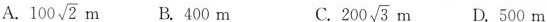
A.100 \sqrt{2}m B.400m C. 200 \sqrt{3}m D。500m